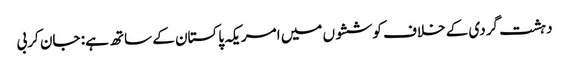
دہشت گردی کے خلاف کوششوں میں امریکہ پاکستان کے ساتھ ہے: جان کربی